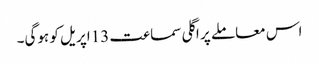
اس معاملے پر اگلی سماعت 13اپریل کو ہوگی۔